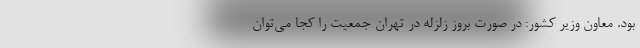
بود. معاون وزیر کشور: در صورت بروز زلزله در تهران جمعیت را کجا می‌توان